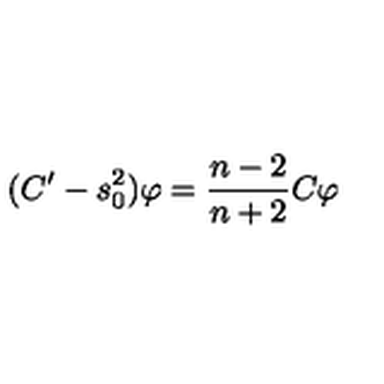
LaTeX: ( C ^ { \prime } - s _ { 0 } ^ { 2 } ) \varphi = \frac { n - 2 } { n + 2 } C \varphi